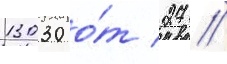
13030 о́т 27 //